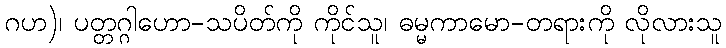
ဂဟ)၊ ပတ္တဂ္ဂါဟော-သပိတ်ကို ကိုင်သူ၊ ဓမ္မကာမော-တရားကို လိုလားသူ